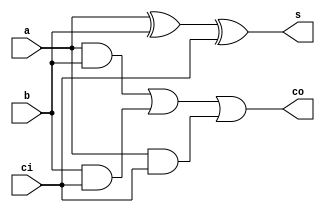
module adder_always(
    input a,b,ci,
    output s,co
);
    reg s,co;
    always @(a,b,ci) begin
        s=a^b^ci;
        co=(a&b)|(b&ci)|(a&ci);
    end
endmodule